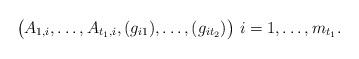
LaTeX: \begin{align*} \big(A_{1,i},\ldots,A_{t_1,i},(g_{i1}),\ldots,(g_{it_2})\big)\ i=1,\ldots,m_{t_1}.\end{align*}